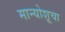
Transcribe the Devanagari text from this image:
मान्योशूचा